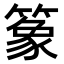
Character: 𫂤